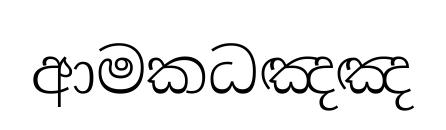
ආමකධඤඤ